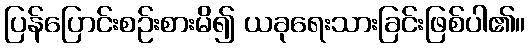
ပြန်ပြောင်းစဉ်းစားမိ၍ ယခုရေးသားခြင်းဖြစ်ပါ၏။